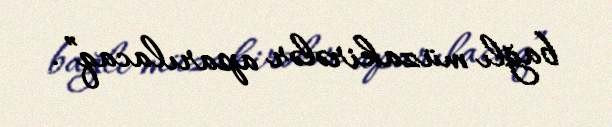
bağlı müzakirələr aparılacaq”.